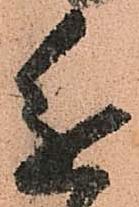
進